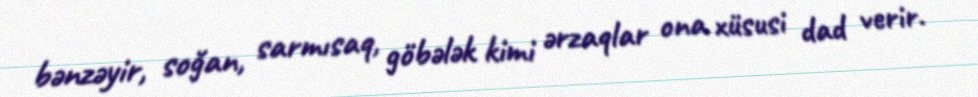
bənzəyir, soğan, sarmısaq, göbələk kimi ərzaqlar ona xüsusi dad verir.